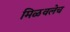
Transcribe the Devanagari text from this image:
मिळवलेच